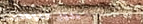
دخول الموظفين